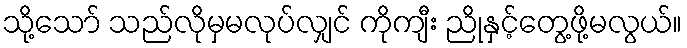
သို့သော် သည်လိုမှမလုပ်လျှင် ကိုကျီး ညိုနှင့်တွေ့ဖို့မလွယ်။